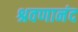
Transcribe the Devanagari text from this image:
श्रवणानंद